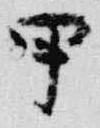
甲